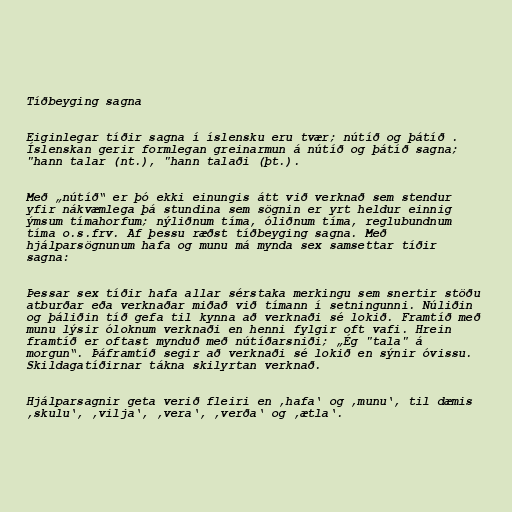
Tíðbeyging sagna

Eiginlegar tíðir sagna í íslensku eru tvær; nútíð og þátíð .
Íslenskan gerir formlegan greinarmun á nútíð og þátíð sagna;
"hann talar (nt.), "hann talaði (þt.).

Með „nútíð“ er þó ekki einungis átt við verknað sem stendur
yfir nákvæmlega þá stundina sem sögnin er yrt heldur einnig
ýmsum tímahorfum; nýliðnum tíma, óliðnum tíma, reglubundnum
tíma o.s.frv. Af þessu ræðst tíðbeyging sagna. Með
hjálparsögnunum hafa og munu má mynda sex samsettar tíðir
sagna:

Þessar sex tíðir hafa allar sérstaka merkingu sem snertir stöðu
atburðar eða verknaðar miðað við tímann í setningunni. Núliðin
og þáliðin tíð gefa til kynna að verknaði sé lokið. Framtíð með
munu lýsir óloknum verknaði en henni fylgir oft vafi. Hrein
framtíð er oftast mynduð með nútíðarsniði; „Ég "tala" á
morgun“. Þáframtíð segir að verknaði sé lokið en sýnir óvissu.
Skildagatíðirnar tákna skilyrtan verknað.

Hjálparsagnir geta verið fleiri en ‚hafa‘ og ‚munu‘, til dæmis
‚skulu‘, ‚vilja‘, ‚vera‘, ‚verða‘ og ‚ætla‘.